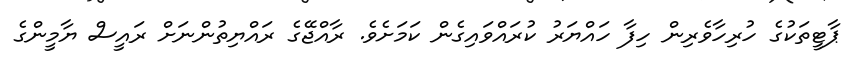
ޕާޓީތަކުގެ ހުރިހާވެރިން ހިފާ ހައްޔަރު ކުރައްވައިގެން ކަމަށެވެ. ރާއްޖޭގެ ރައްޔިތުންނަށް ރައީސް ޔާމީންގެ